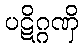
ပဋိဂ္ဂဏှိ